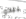
يبدو